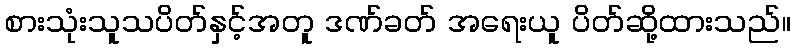
စားသုံးသူသပိတ်နှင့်အတူ ဒဏ်ခတ် အရေးယူ ပိတ်ဆို့ထားသည်။